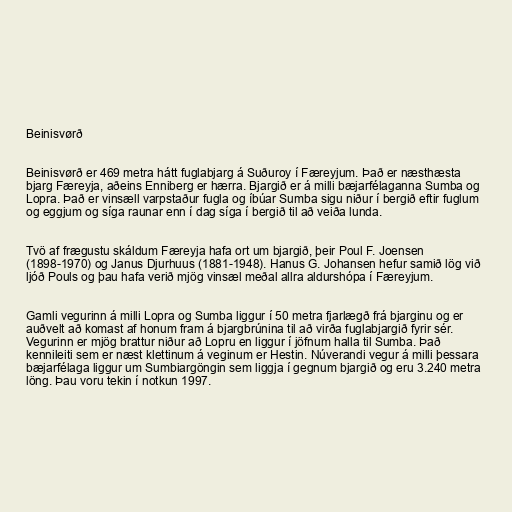
Beinisvørð

Beinisvørð er 469 metra hátt fuglabjarg á Suðuroy í Færeyjum. Það er næsthæsta
bjarg Færeyja, aðeins Enniberg er hærra. Bjargið er á milli bæjarfélaganna Sumba og
Lopra. Það er vinsæll varpstaður fugla og íbúar Sumba sigu niður í bergið eftir fuglum
og eggjum og síga raunar enn í dag síga í bergið til að veiða lunda.

Tvö af frægustu skáldum Færeyja hafa ort um bjargið, þeir Poul F. Joensen
(1898-1970) og Janus Djurhuus (1881-1948). Hanus G. Johansen hefur samið lög við
ljóð Pouls og þau hafa verið mjög vinsæl meðal allra aldurshópa í Færeyjum.

Gamli vegurinn á milli Lopra og Sumba liggur í 50 metra fjarlægð frá bjarginu og er
auðvelt að komast af honum fram á bjargbrúnina til að virða fuglabjargið fyrir sér.
Vegurinn er mjög brattur niður að Lopru en liggur í jöfnum halla til Sumba. Það
kennileiti sem er næst klettinum á veginum er Hestin. Núverandi vegur á milli þessara
bæjarfélaga liggur um Sumbiargöngin sem liggja í gegnum bjargið og eru 3.240 metra
löng. Þau voru tekin í notkun 1997.